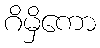
ဂိမှိကော